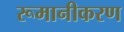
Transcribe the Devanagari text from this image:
रूमानीकरण